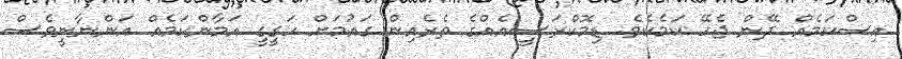
އިސްކަމެއް ދޭން ޖެހޭ ކަމެކެވެ. ޑިމޮކްރަސީއެއްގެ ތެރެއިން ގައުމަށް ހަގީގީ އަމާންކަމެއް އަންނާނީވެސް